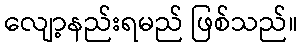
လျော့နည်းရမည် ဖြစ်သည်။